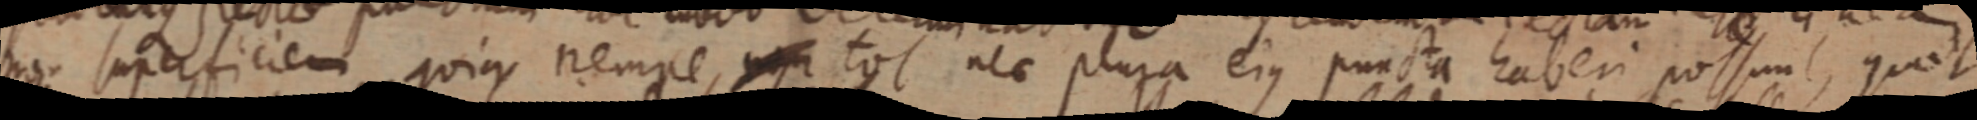
non superficiem quia nempe non tot nec plura ejus puncta haberi possunt, quot